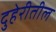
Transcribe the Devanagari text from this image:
दुहेरीतील